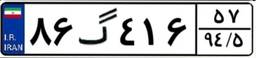
۴۶گ۶۷۲۱۴